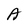
Character: A